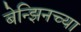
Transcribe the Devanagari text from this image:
बेन्झिनच्या